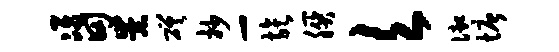
准田崇磋抄-族朕欠御塘